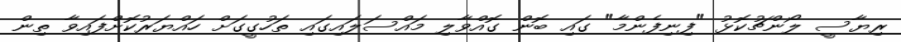
ރިޔާސީ ލޯންޗުކޮޅު "ފިނިފެންމާ" ގައި ބޮން ގޮއްވާލި މައްސަލައިގައި ތަހުގީގަށް ހައްޔަރުކޮށްފައިވާ ތިން